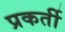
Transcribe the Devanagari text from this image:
प्रकर्ती